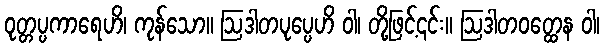
ဝုတ္တပ္ပကာရေဟိ၊ ကုန်သော။ ဩဒါတပုပ္ပေဟိ ဝါ၊ တို့ဖြင့်၎င်း။ ဩဒါတဝတ္ထေန ဝါ၊